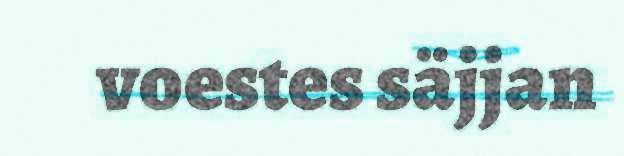
voestes säjjan